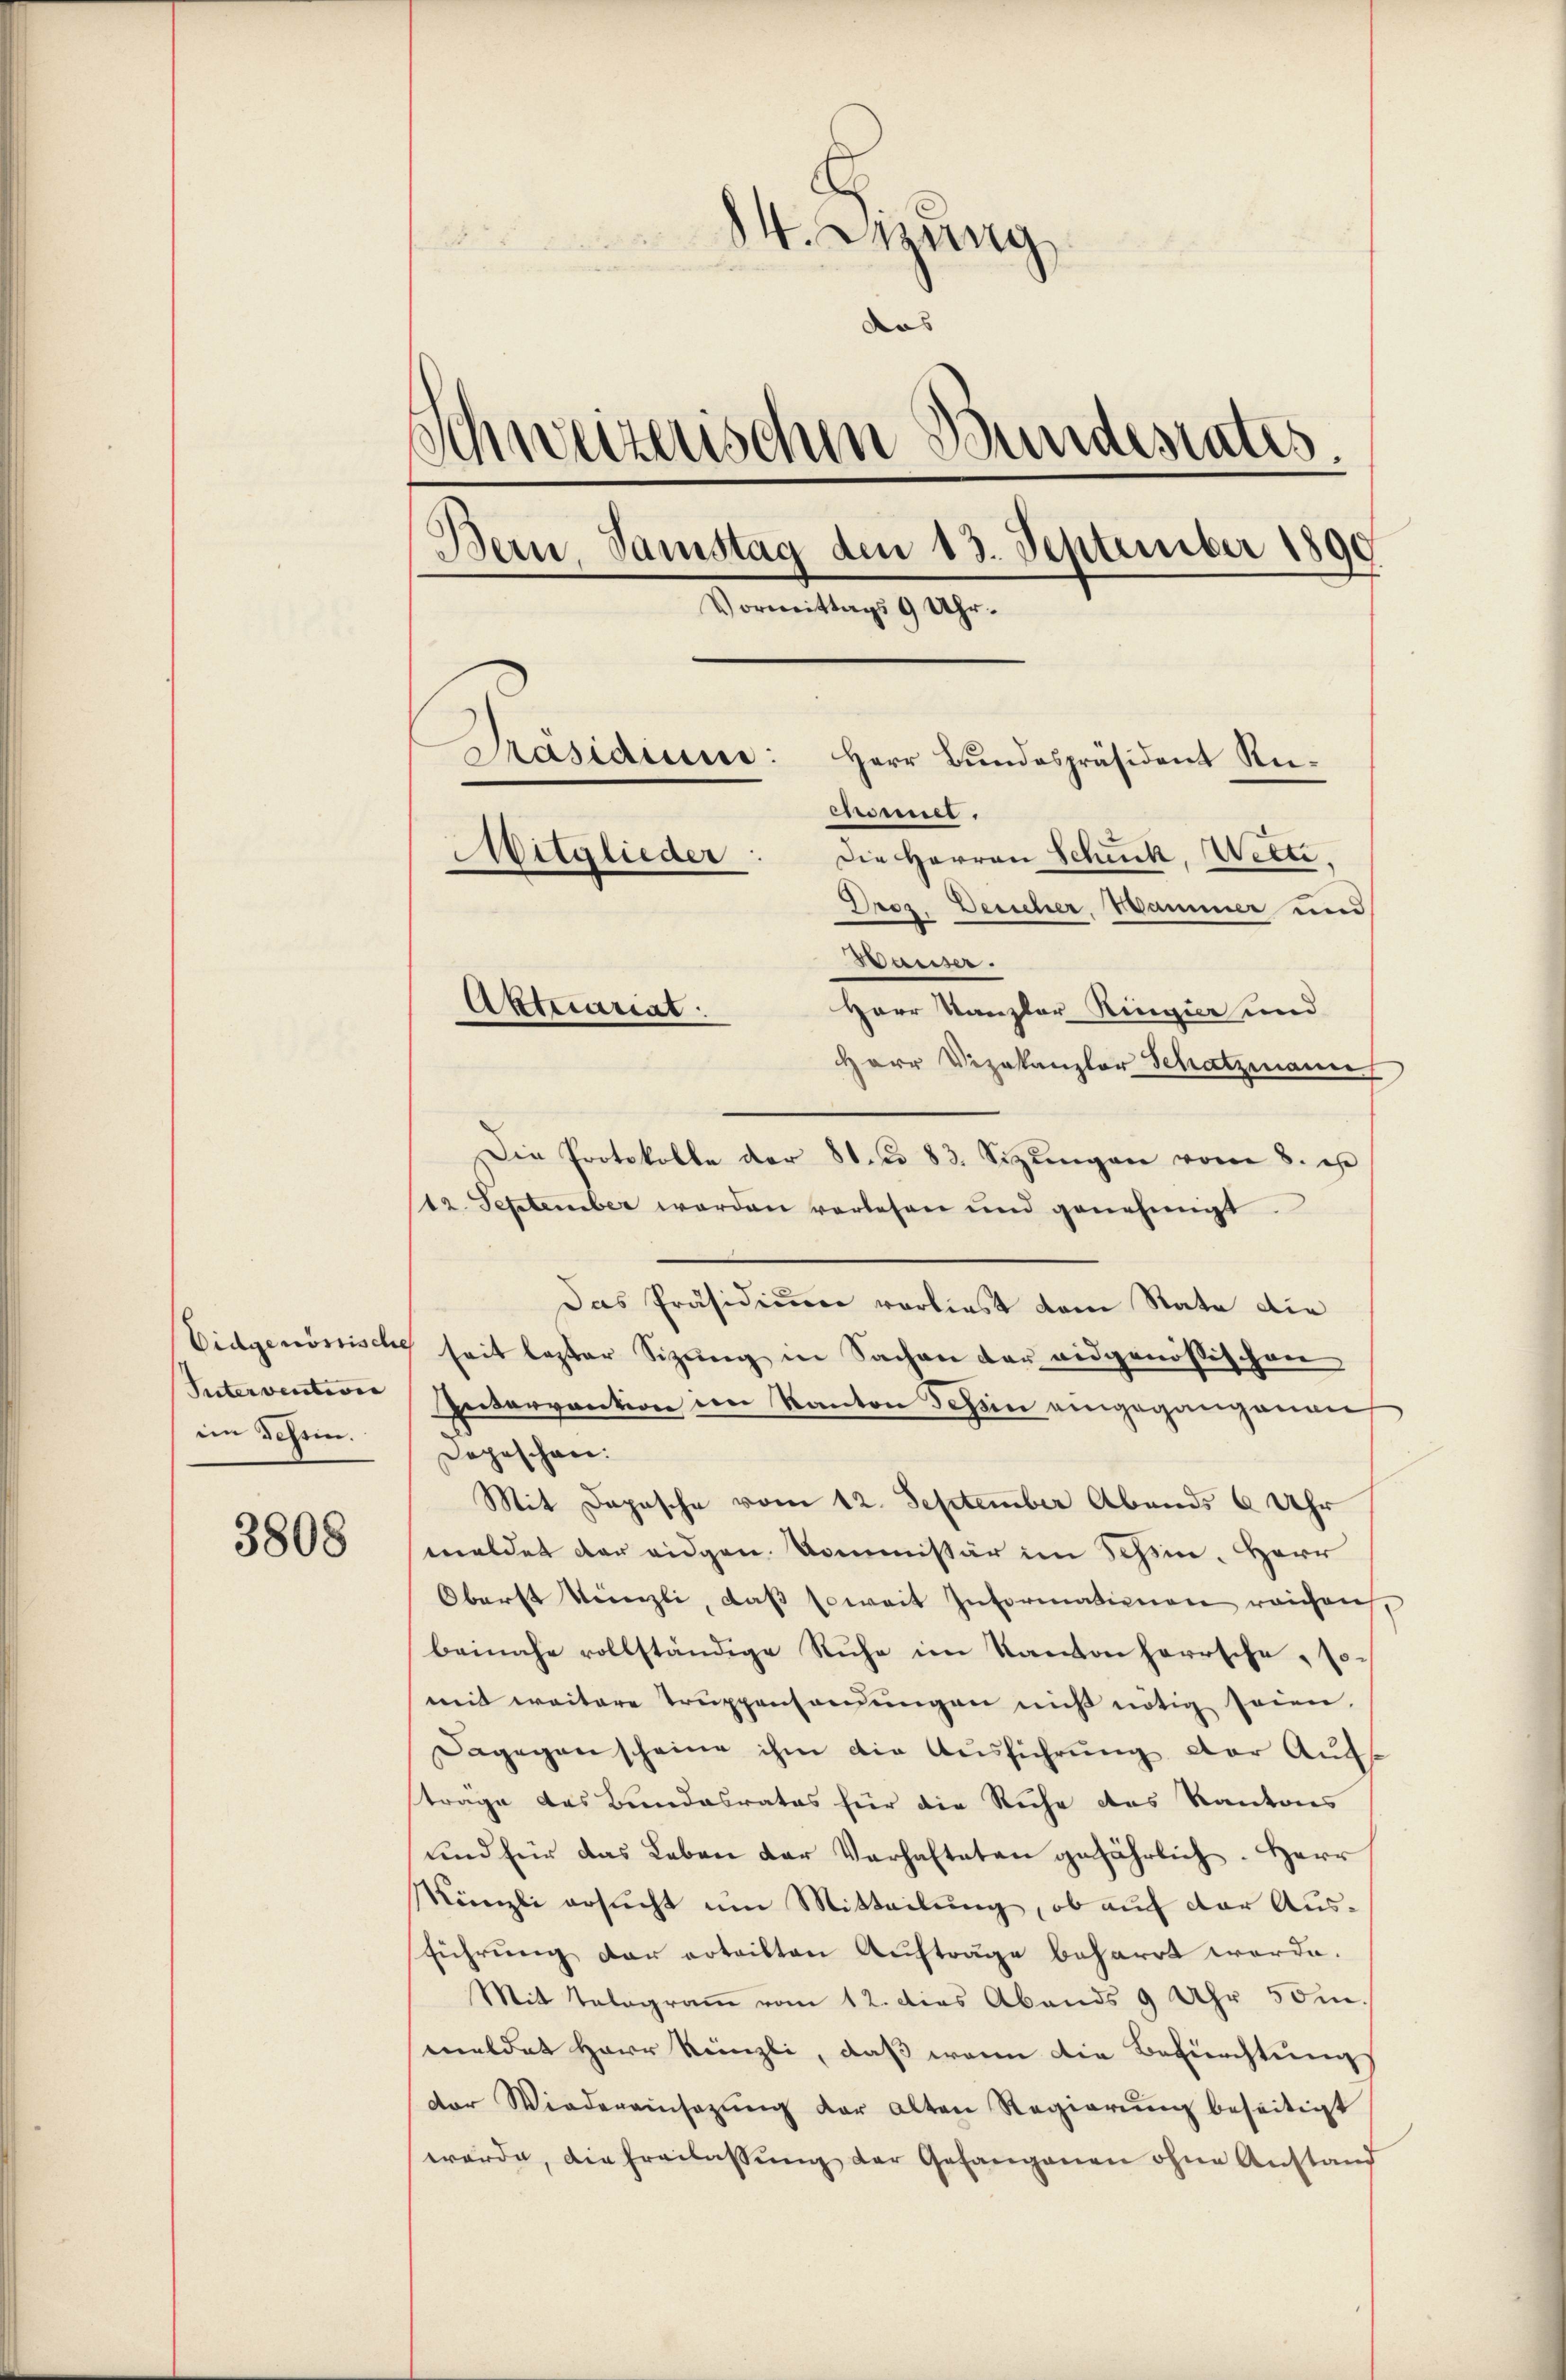
Eidgenössische
Intervention
im Schein.

3808

5
14. Jung
das
Schweizerischen Bundesrates.
Bern, Samstag den 13. September 1890
Vormittags 9 Uhr.
Präsidium:
Herr Bundespräsident Ruemmel.
Mitglieder:
Die Herren Schick, Wetti.
Droz. Desicher, Hammer und
Basser.
Aktuariat
Herr Kanzler Ringier und

Herr Vizekanzler Schatzmauer
Die Protokolle der 81. 83. Sitzŭngen vom 8. e
12. September werden verlesen und genehmigt.
Das Präsidiume vorliest dem Rate die
seit lezter Sizung in Sachen der eidgenössischen
Intervantion den Kanton Tessin eingegangenen
Depeschen:
Mit Depesche vom 12. September Abends 6 Uhr
meldet der eidgen. Kommissär im Schein. Herr
Oberst Künzli, daβ soweit Informationen reichen,
beinahe vollständige Ruhe im Kanton herrsche, so-
mit weitere Truppensamungen nicht nötig seien.
Dagegen scheine ihm die Ausführung der Aufträge das Bundesrates für die Ruhe des Kantons
und für das Leben der Verhalteten gefährlich. Herr
Känzli ersucht um Mitteilung, ob auf der Ausführung der erteilten Aufträge beharrt werde.
Mit Telegramm vom 12. dies Abends 9 Uhr 50.
meldet Herr Künzli, daß wenn die Befürchtungs
der Wiedereinsazung der alten Regierung beseitigt
würde, die Freilassŭng der Gefangenen ohne Anstand